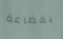
بفظاعة